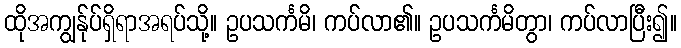
ထိုအကျွန်ုပ်ရှိရာအရပ်သို့။ ဥပသင်္ကမိ၊ ကပ်လာ၏။ ဥပသင်္ကမိတွာ၊ ကပ်လာပြီး၍။